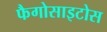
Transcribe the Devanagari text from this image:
फैगोसाइटोस